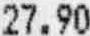
27.90